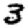
Digit: 3